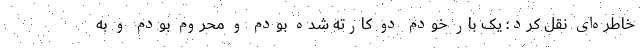
خاطره‌ای نقل کرد: یک بار خودم دو کارته شده بودم و محروم بودم و به